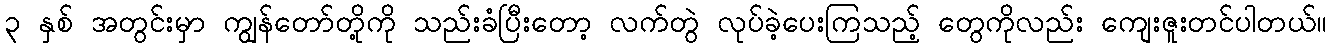
၃ နှစ် အတွင်းမှာ ကျွန်တော်တို့ကို သည်းခံပြီးတော့ လက်တွဲ လုပ်ခဲ့ပေးကြသည့် တွေကိုလည်း ကျေးဇူးတင်ပါတယ်။